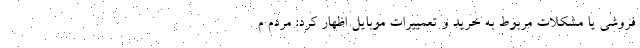
فروشی یا مشکلات مربوط به خرید و تعمییرات موبایل اظهار کرد: مردم م